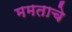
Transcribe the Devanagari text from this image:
ममताचे